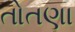
તોતણા